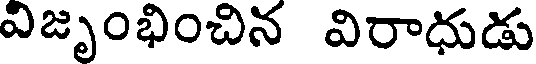
విజృంభించిన విరాధుడు